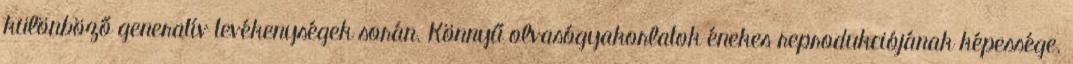
különböző generatív tevékenységek során. Könnyű olvasógyakorlatok énekes reprodukciójának képessége.